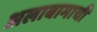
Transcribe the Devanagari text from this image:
अलाबामाची